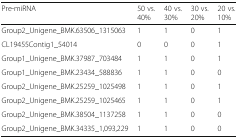
| Pre-miRNA | 50 vs. 40% | 40 vs. 30% | 30 vs. 20% | 20 vs. 10% |
 | --- | --- | --- | --- | --- |
 | Group2_Unigene_BMK.63506_1315063 | 1 | 1 | 0 | 1 |
 | CL19455Contig1_54014 | 0 | 0 | 0 | 1 |
 | Group1_Unigene_BMK.37987_703484 | 1 | 1 | 0 | 1 |
 | Group1_Unigene_BMK.23434_588836 | 1 | 1 | 0 | 0 |
 | Group2_Unigene_BMK.25259_1025498 | 1 | 1 | 0 | 1 |
 | Group2_Unigene_BMK.25259_1025465 | 1 | 1 | 0 | 1 |
 | Group2_Unigene_BMK.38504_1137258 | 1 | 1 | 0 | 0 |
 | Group2_Unigene_BMK.34335_1,093,229 | 1 | 1 | 0 | 0 |